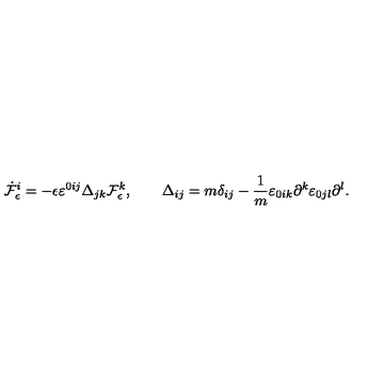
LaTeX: \dot { \cal F } _ { \epsilon } ^ { i } = - \epsilon \varepsilon ^ { 0 i j } \Delta _ { j k } { \cal F } _ { \epsilon } ^ { k } , \qquad \Delta _ { i j } = m \delta _ { i j } - \frac { 1 } { m } \varepsilon _ { 0 i k } \partial ^ { k } \varepsilon _ { 0 j l } \partial ^ { l } .